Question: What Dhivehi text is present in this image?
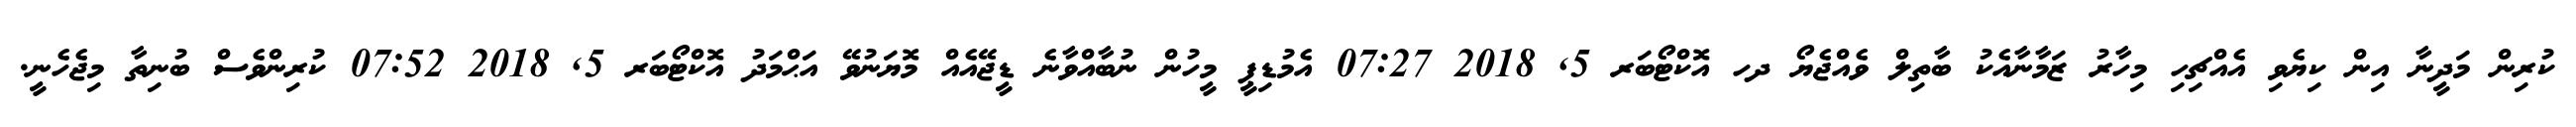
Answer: ކުރިން މަދީނާ އިން ކިޔެވި އެއްޗިހި މިހާރު ޒަމާނާއެކު ބާތިލް ވެއްޖެޔޯ ދހ އޮކްޓޯބަރ 5, 2018 07:27 އެމުޑިޕީ މީހުން ނުބާއްވާނެ ޑީޖޭއެއް މޮޔަނުވޭ އަޙްމަދު އޮކްޓޯބަރ 5, 2018 07:52 ކުރިންވެސް ބުނިތާ މިޖެހެނީ.